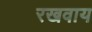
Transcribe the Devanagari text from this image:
रखवाय